Problem: 3 × 9 = ?
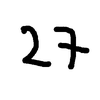
Handwritten answer: 27